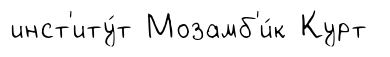
инст'иту́т Мозамб'и́к Курт